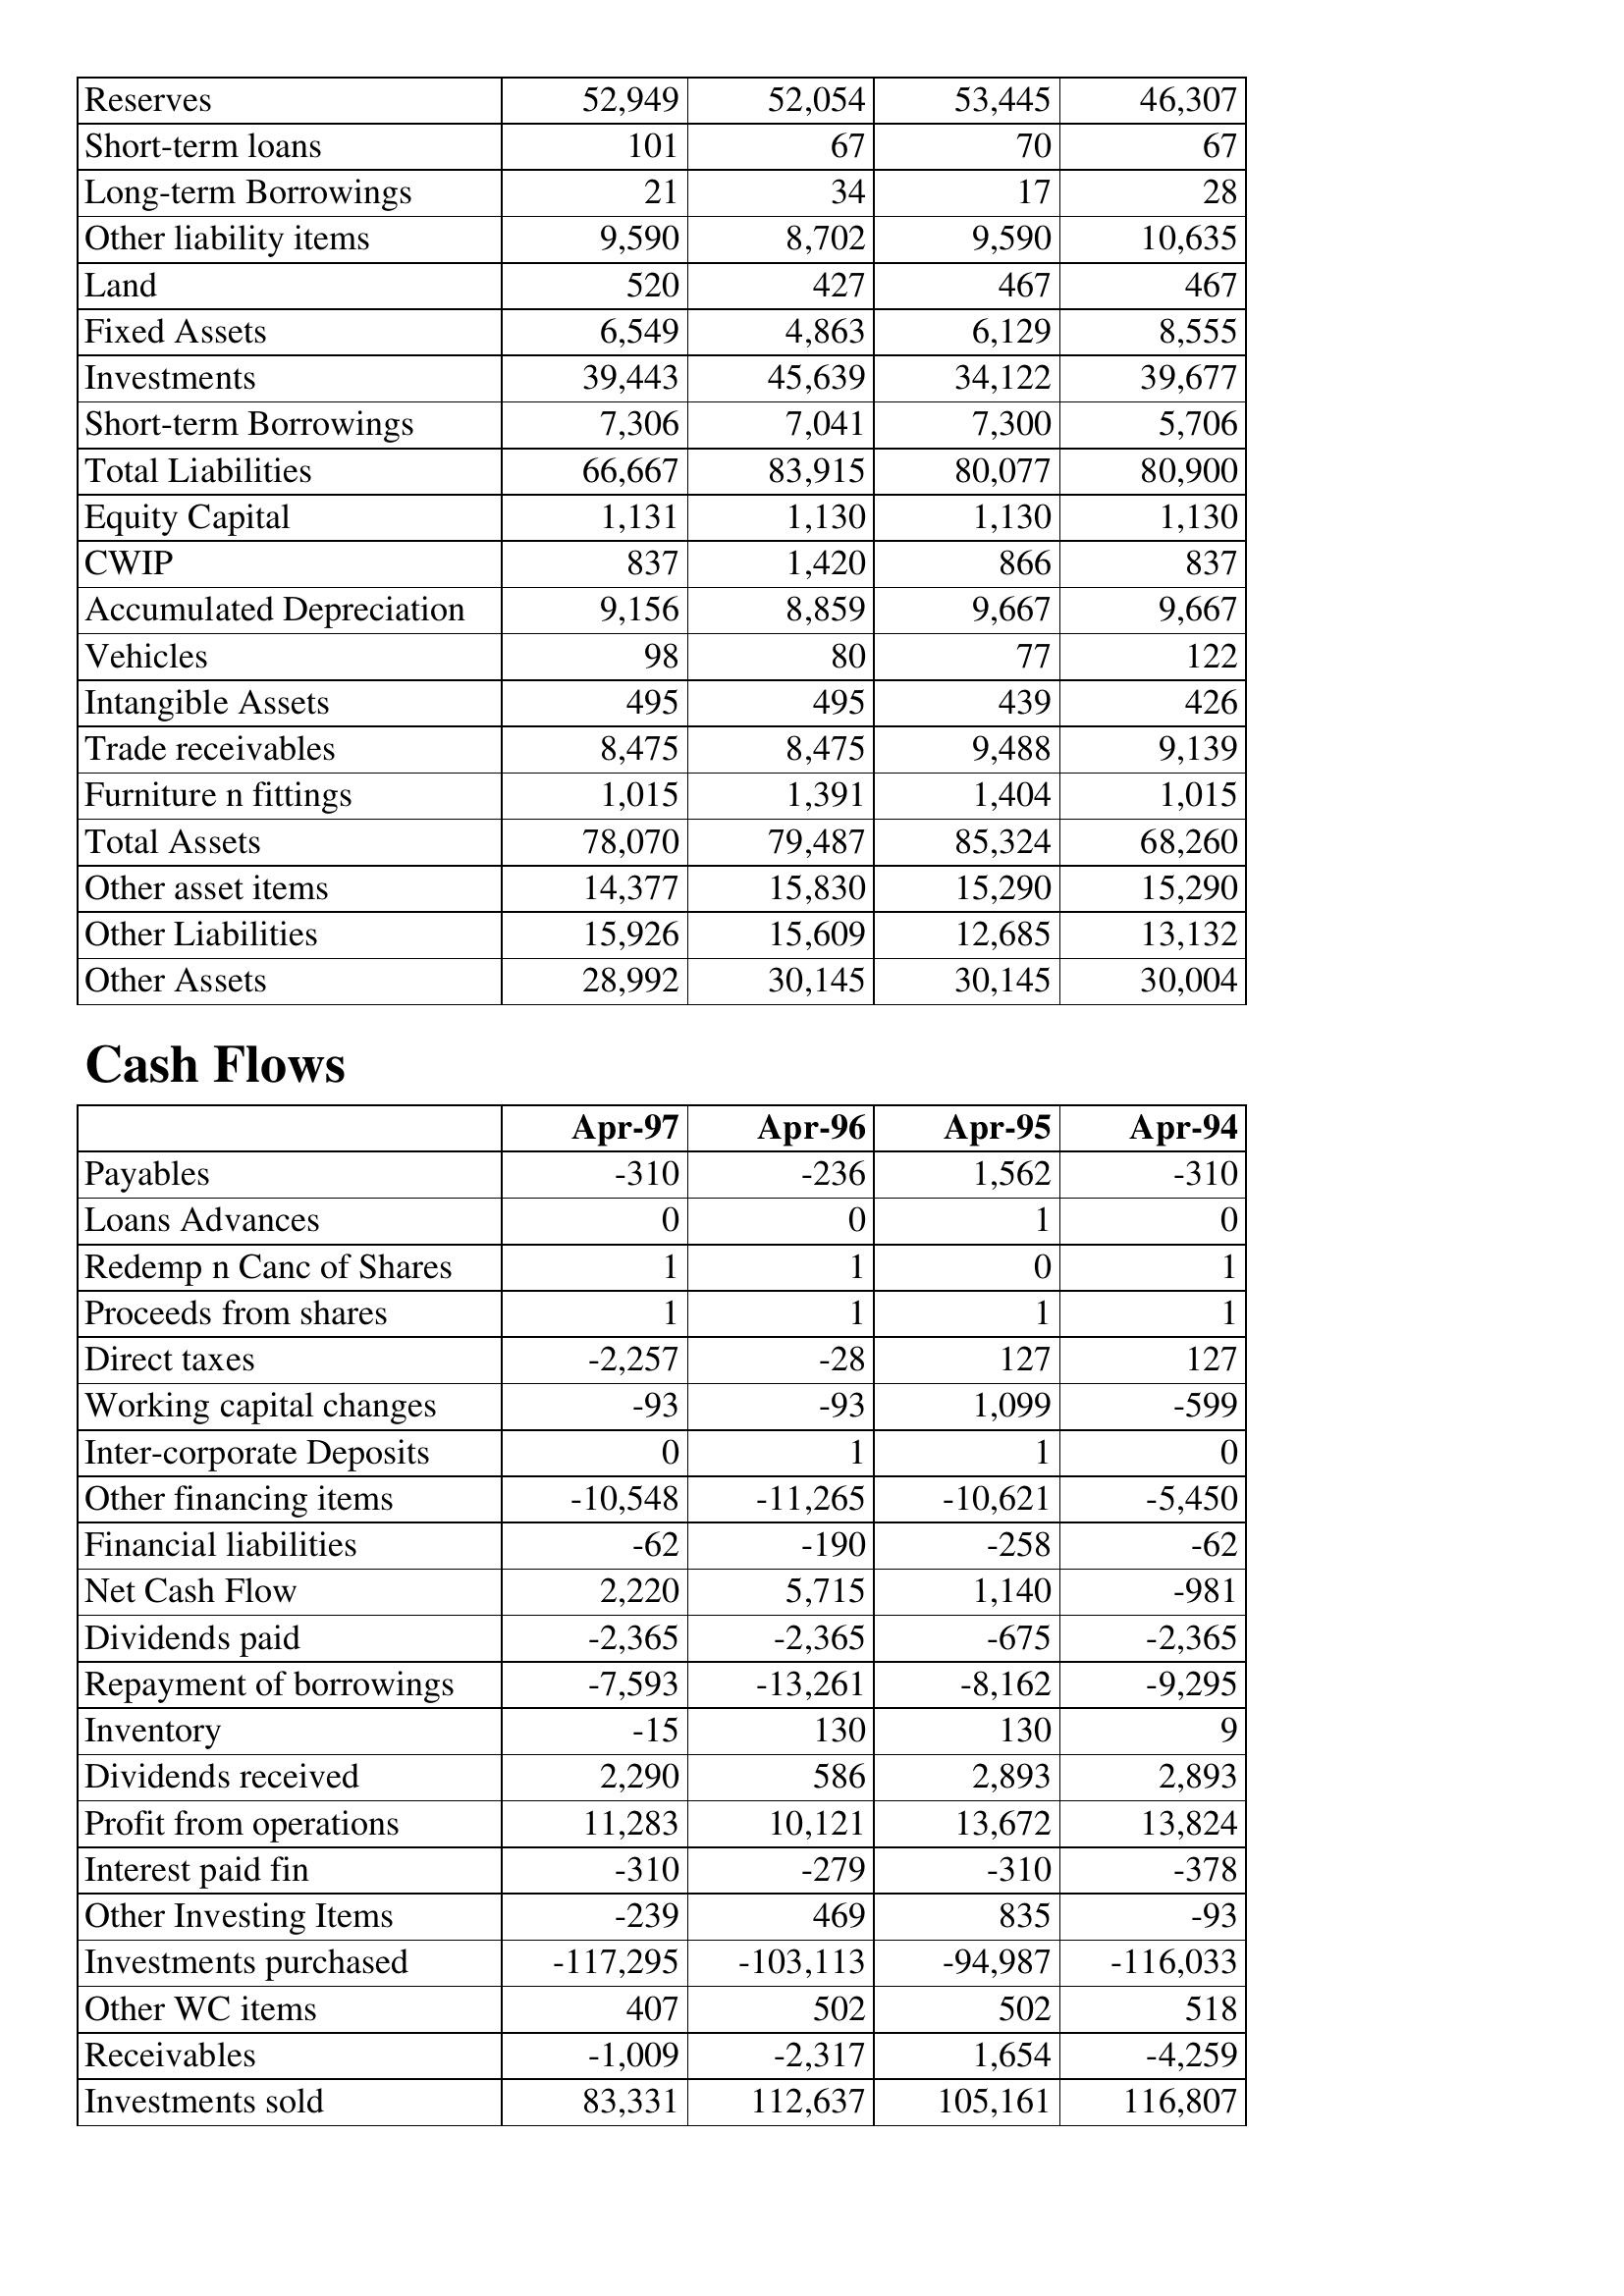
Apr-97: Balance Sheet: Reserves: 52,949
Short-term loans: 101
Long-term Borrowings: 21
Other liability items: 9,590
Land: 520
Fixed Assets: 6,549
Investments: 39,443
Short-term Borrowings: 7,306
Total Liabilities: 66,667
Equity Capital: 1,131
CWIP: 837
Accumulated Depreciation: 9,156
Vehicles: 98
Intangible Assets: 495
Trade receivables: 8,475
Furniture n fittings: 1,015
Total Assets: 78,070
Other asset items: 14,377
Other Liabilities: 15,926
Other Assets: 28,992
Cash Flows: Payables: -310
Loans Advances: 0
Redemp n Canc of Shares: 1
Proceeds from shares: 1
Direct taxes: -2,257
Working capital changes: -93
Inter-corporate Deposits: 0
Other financing items: -10,548
Financial liabilities: -62
Net Cash Flow: 2,220
Dividends paid: -2,365
Repayment of borrowings: -7,593
Inventory: -15
Dividends received: 2,290
Profit from operations: 11,283
Interest paid fin: -310
Other Investing Items: -239
Investments purchased: -117,295
Other WC items: 407
Receivables: -1,009
Investments sold: 83,331
Apr-96: Balance Sheet: Reserves: 52,054
Short-term loans: 67
Long-term Borrowings: 34
Other liability items: 8,702
Land: 427
Fixed Assets: 4,863
Investments: 45,639
Short-term Borrowings: 7,041
Total Liabilities: 83,915
Equity Capital: 1,130
CWIP: 1,420
Accumulated Depreciation: 8,859
Vehicles: 80
Intangible Assets: 495
Trade receivables: 8,475
Furniture n fittings: 1,391
Total Assets: 79,487
Other asset items: 15,830
Other Liabilities: 15,609
Other Assets: 30,145
Cash Flows: Payables: -236
Loans Advances: 0
Redemp n Canc of Shares: 1
Proceeds from shares: 1
Direct taxes: -28
Working capital changes: -93
Inter-corporate Deposits: 1
Other financing items: -11,265
Financial liabilities: -190
Net Cash Flow: 5,715
Dividends paid: -2,365
Repayment of borrowings: -13,261
Inventory: 130
Dividends received: 586
Profit from operations: 10,121
Interest paid fin: -279
Other Investing Items: 469
Investments purchased: -103,113
Other WC items: 502
Receivables: -2,317
Investments sold: 112,637
Apr-95: Balance Sheet: Reserves: 53,445
Short-term loans: 70
Long-term Borrowings: 17
Other liability items: 9,590
Land: 467
Fixed Assets: 6,129
Investments: 34,122
Short-term Borrowings: 7,300
Total Liabilities: 80,077
Equity Capital: 1,130
CWIP: 866
Accumulated Depreciation: 9,667
Vehicles: 77
Intangible Assets: 439
Trade receivables: 9,488
Furniture n fittings: 1,404
Total Assets: 85,324
Other asset items: 15,290
Other Liabilities: 12,685
Other Assets: 30,145
Cash Flows: Payables: 1,562
Loans Advances: 1
Redemp n Canc of Shares: 0
Proceeds from shares: 1
Direct taxes: 127
Working capital changes: 1,099
Inter-corporate Deposits: 1
Other financing items: -10,621
Financial liabilities: -258
Net Cash Flow: 1,140
Dividends paid: -675
Repayment of borrowings: -8,162
Inventory: 130
Dividends received: 2,893
Profit from operations: 13,672
Interest paid fin: -310
Other Investing Items: 835
Investments purchased: -94,987
Other WC items: 502
Receivables: 1,654
Investments sold: 105,161
Apr-94: Balance Sheet: Reserves: 46,307
Short-term loans: 67
Long-term Borrowings: 28
Other liability items: 10,635
Land: 467
Fixed Assets: 8,555
Investments: 39,677
Short-term Borrowings: 5,706
Total Liabilities: 80,900
Equity Capital: 1,130
CWIP: 837
Accumulated Depreciation: 9,667
Vehicles: 122
Intangible Assets: 426
Trade receivables: 9,139
Furniture n fittings: 1,015
Total Assets: 68,260
Other asset items: 15,290
Other Liabilities: 13,132
Other Assets: 30,004
Cash Flows: Payables: -310
Loans Advances: 0
Redemp n Canc of Shares: 1
Proceeds from shares: 1
Direct taxes: 127
Working capital changes: -599
Inter-corporate Deposits: 0
Other financing items: -5,450
Financial liabilities: -62
Net Cash Flow: -981
Dividends paid: -2,365
Repayment of borrowings: -9,295
Inventory: 9
Dividends received: 2,893
Profit from operations: 13,824
Interest paid fin: -378
Other Investing Items: -93
Investments purchased: -116,033
Other WC items: 518
Receivables: -4,259
Investments sold: 116,807